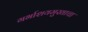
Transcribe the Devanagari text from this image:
गर्भाशयमुखाचा